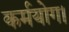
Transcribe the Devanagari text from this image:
कर्मयोग।